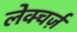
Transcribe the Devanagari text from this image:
लेक्चर्ज़